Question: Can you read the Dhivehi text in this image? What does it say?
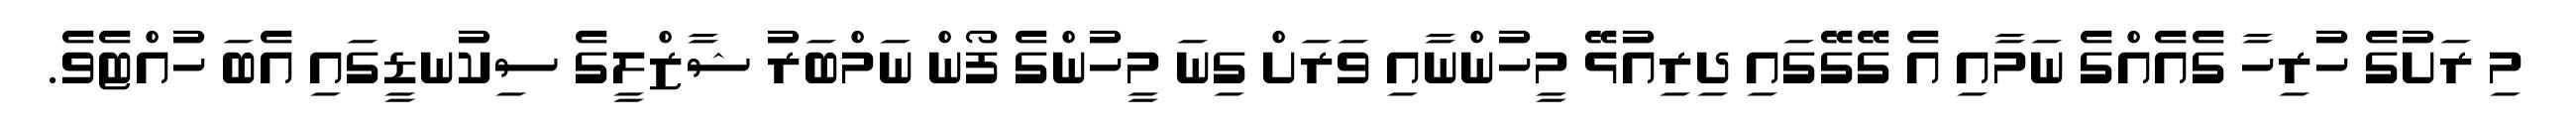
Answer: މި ރަށުގެ ހުރިހާ ގެއެއްގެ ނަމާއި އެ ގޭގޭގައި ދިރިއުޅޭ މީހުންނާއި ވަރަށް ގިނަ މީހުންގެ ފޯން ނަމްބަރު ޝާޒްލީގެ ސިކުނޑީގައި އެބަ ހުއްޓެވެ.